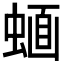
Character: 𧍹